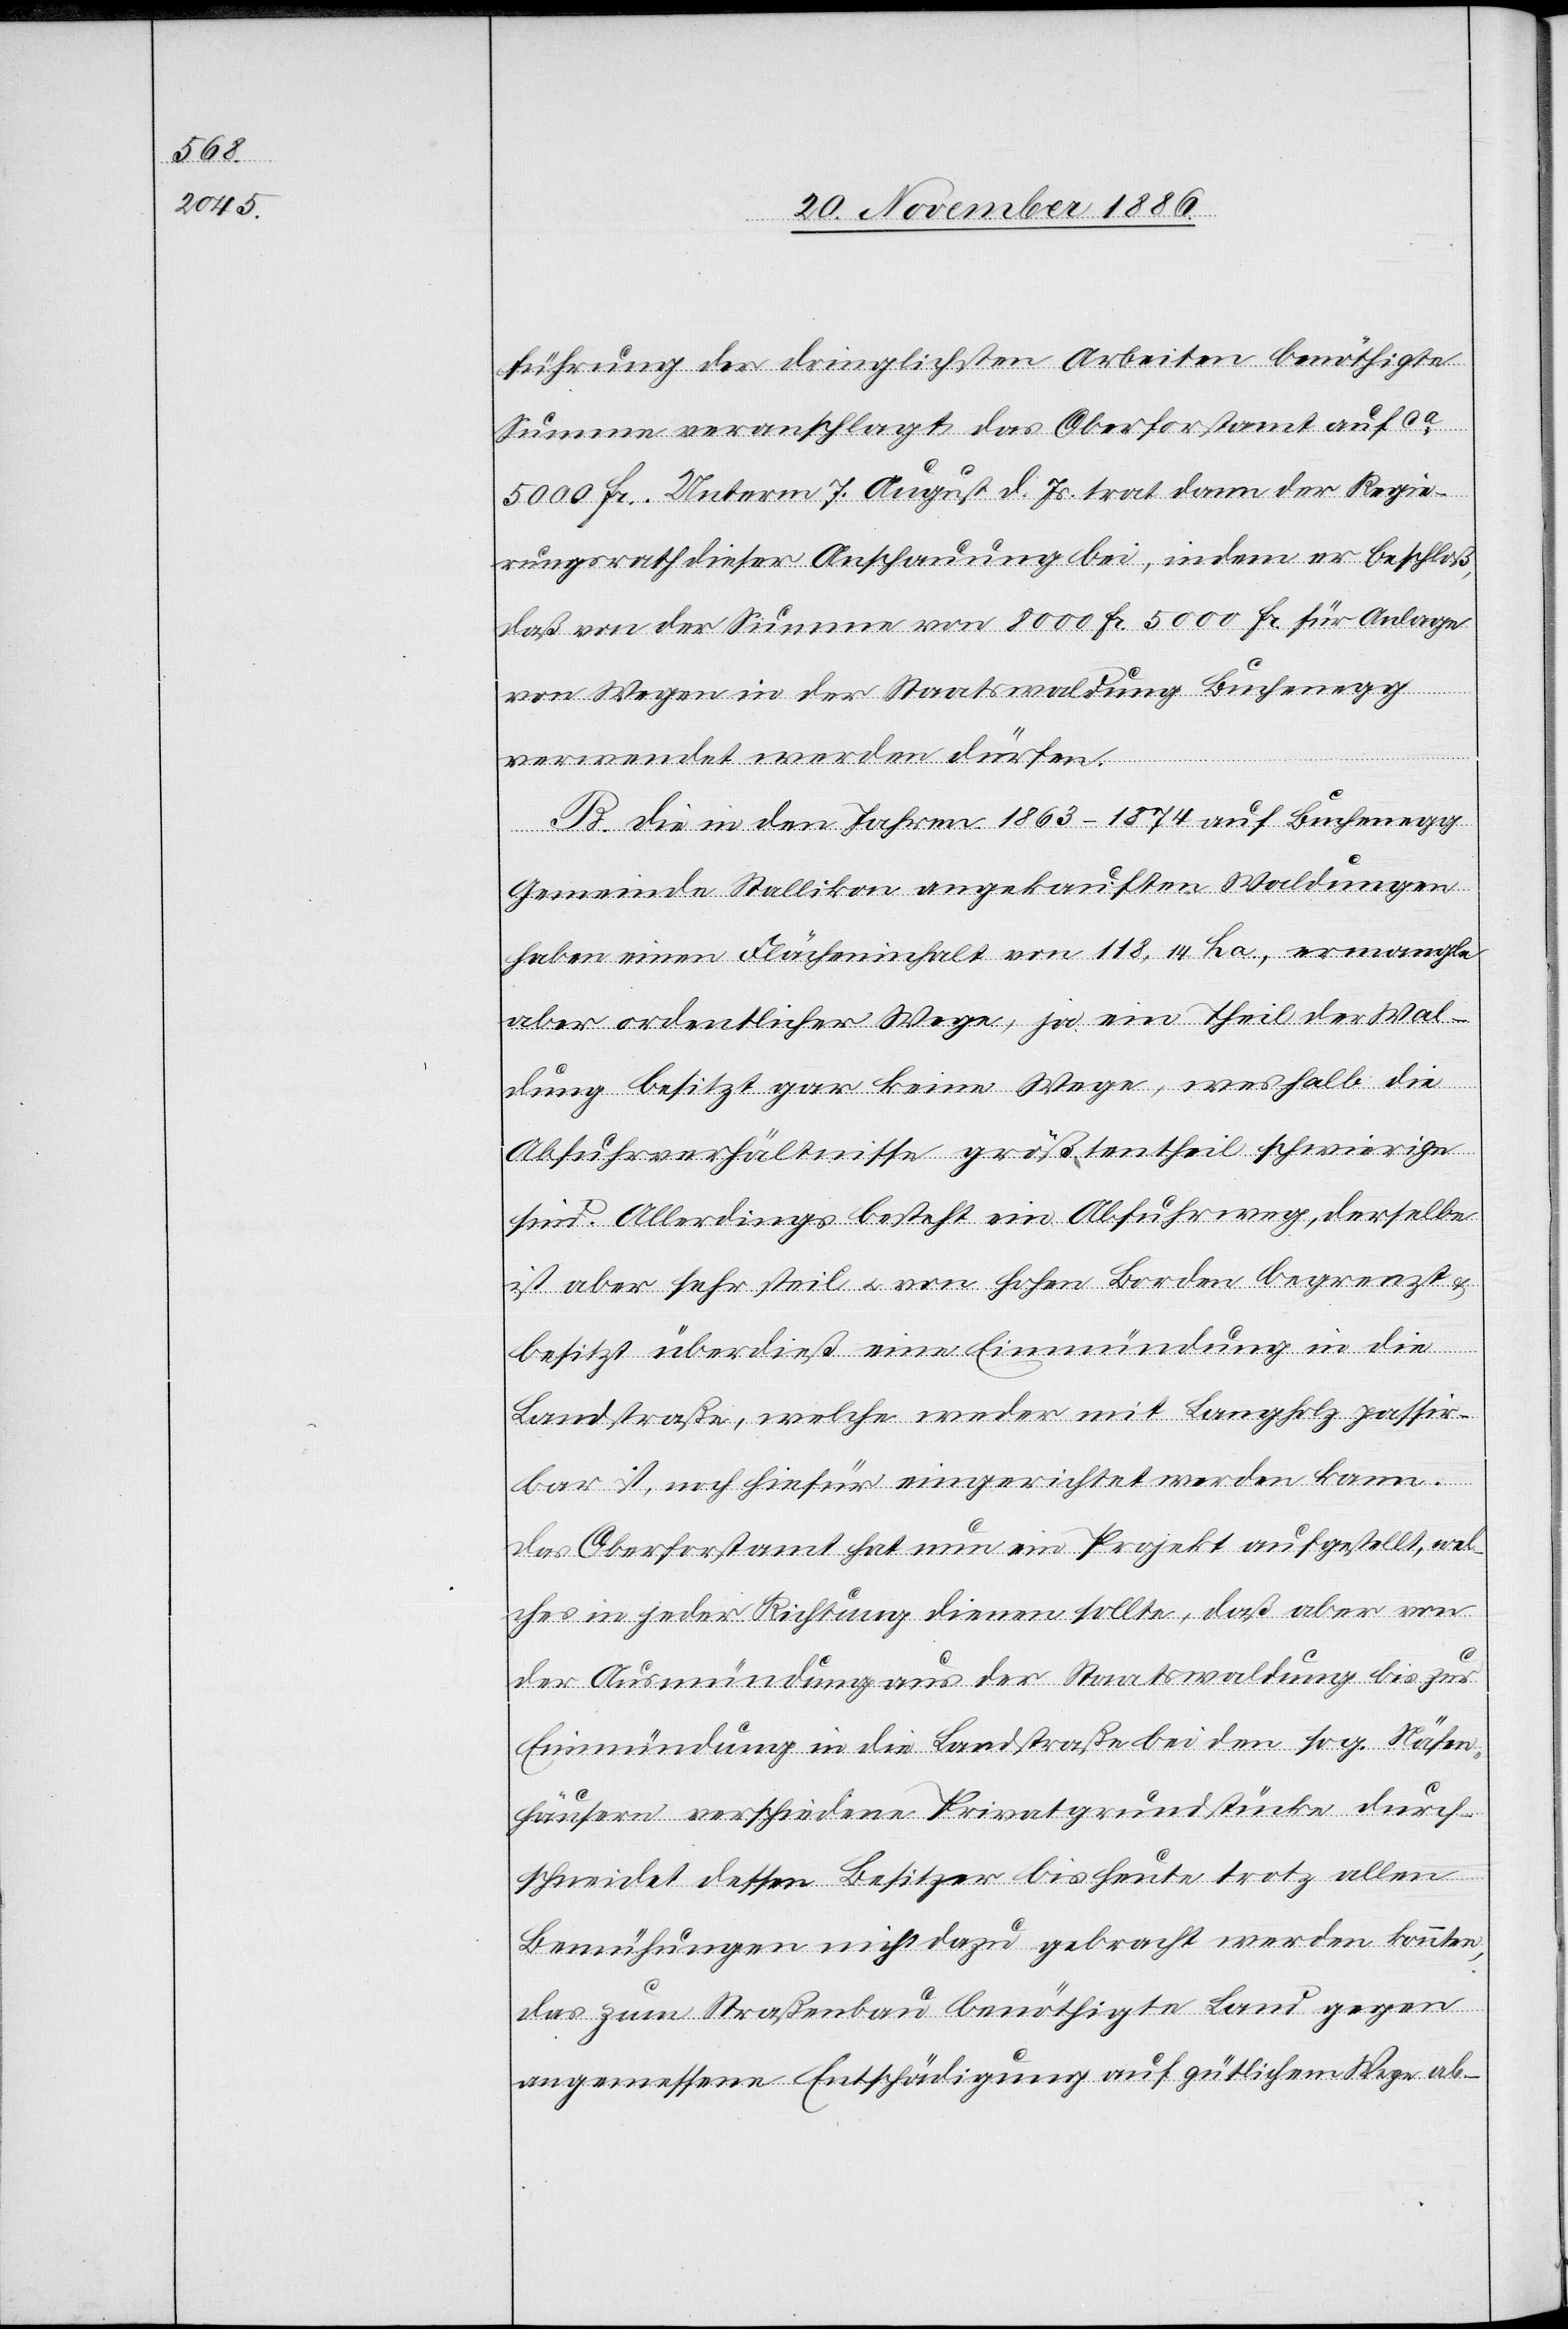
führung der dringlichsten Arbeiten benöthigte
Summe veranschlagt das Oberforstamt auf ca
5000 Fr. Unterm 7. August d. Js. trat dann der Regie¬
rungsrath dieser Anschauung bei, indem er beschloß,
daß von der Summe von 8000 Fr. 5000 Fr. für Anlage
von Wegen in der Staatswaldung Buchenegg
verwendet werden dürfen.
B. Die in den Jahren 1863–1874 auf Buchenegg
Gemeinde Stallikon angekauften Waldungen
haben einen Flächeninhalt von 118,14 ha, ermangle[n]
aber ordentlicher Wege, ja ein Theil der Wal¬
dung besitzt gar keine Wege, weshalb die
Abfuhrverhältnisse größtentheil schwierige
sind. Allerdings besteht ein Abfuhrweg, derselbe
ist aber sehr steil & von hohen Borden begrenzt &
besitzt überdieß eine Einmündung in die
Landstraße, welche weder mit Langholz passir¬
bar ist, noch hiefür eingerichtet werden kann.
Das Oberforstamt hat nun ein Projekt aufgestellt, wel¬
ches in jeder Richtung dienen sollte, daß aber von
der Ausmündung aus der Staatswaldung bis zur
Einmündung in die Landstraße bei den sog. Näfen¬
häusern verschiedene Privatgrundstücke durch¬
schneidet dessen [recte: deren] Besitzer bis heute trotz allen
Bemühungen nicht dazu gebracht werden konnten,
das zum Straßenbau benöthigte Land gegen
angemessene Entschädigung auf gütlichem Wege ab-